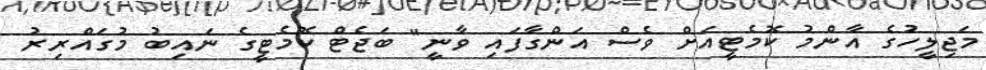
މަޖިލީހުގެ އާންމު ކޮމެޓީއަށް ވެސް އަންގާފައި ވާނީ" ބަޖެޓް ކޮމެޓީގެ ނައިބު މުގައްރިރު